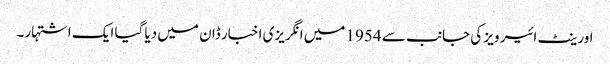
اورینٹ ائیر ویز کی جانب سے 1954 میں انگریزی اخبار ڈان میں دیا گیا ایک اشتہار۔